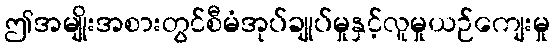
ဤအမျိုးအစားတွင်စီမံအုပ်ချုပ်မှုနှင့်လူမှုယဉ်ကျေးမှု